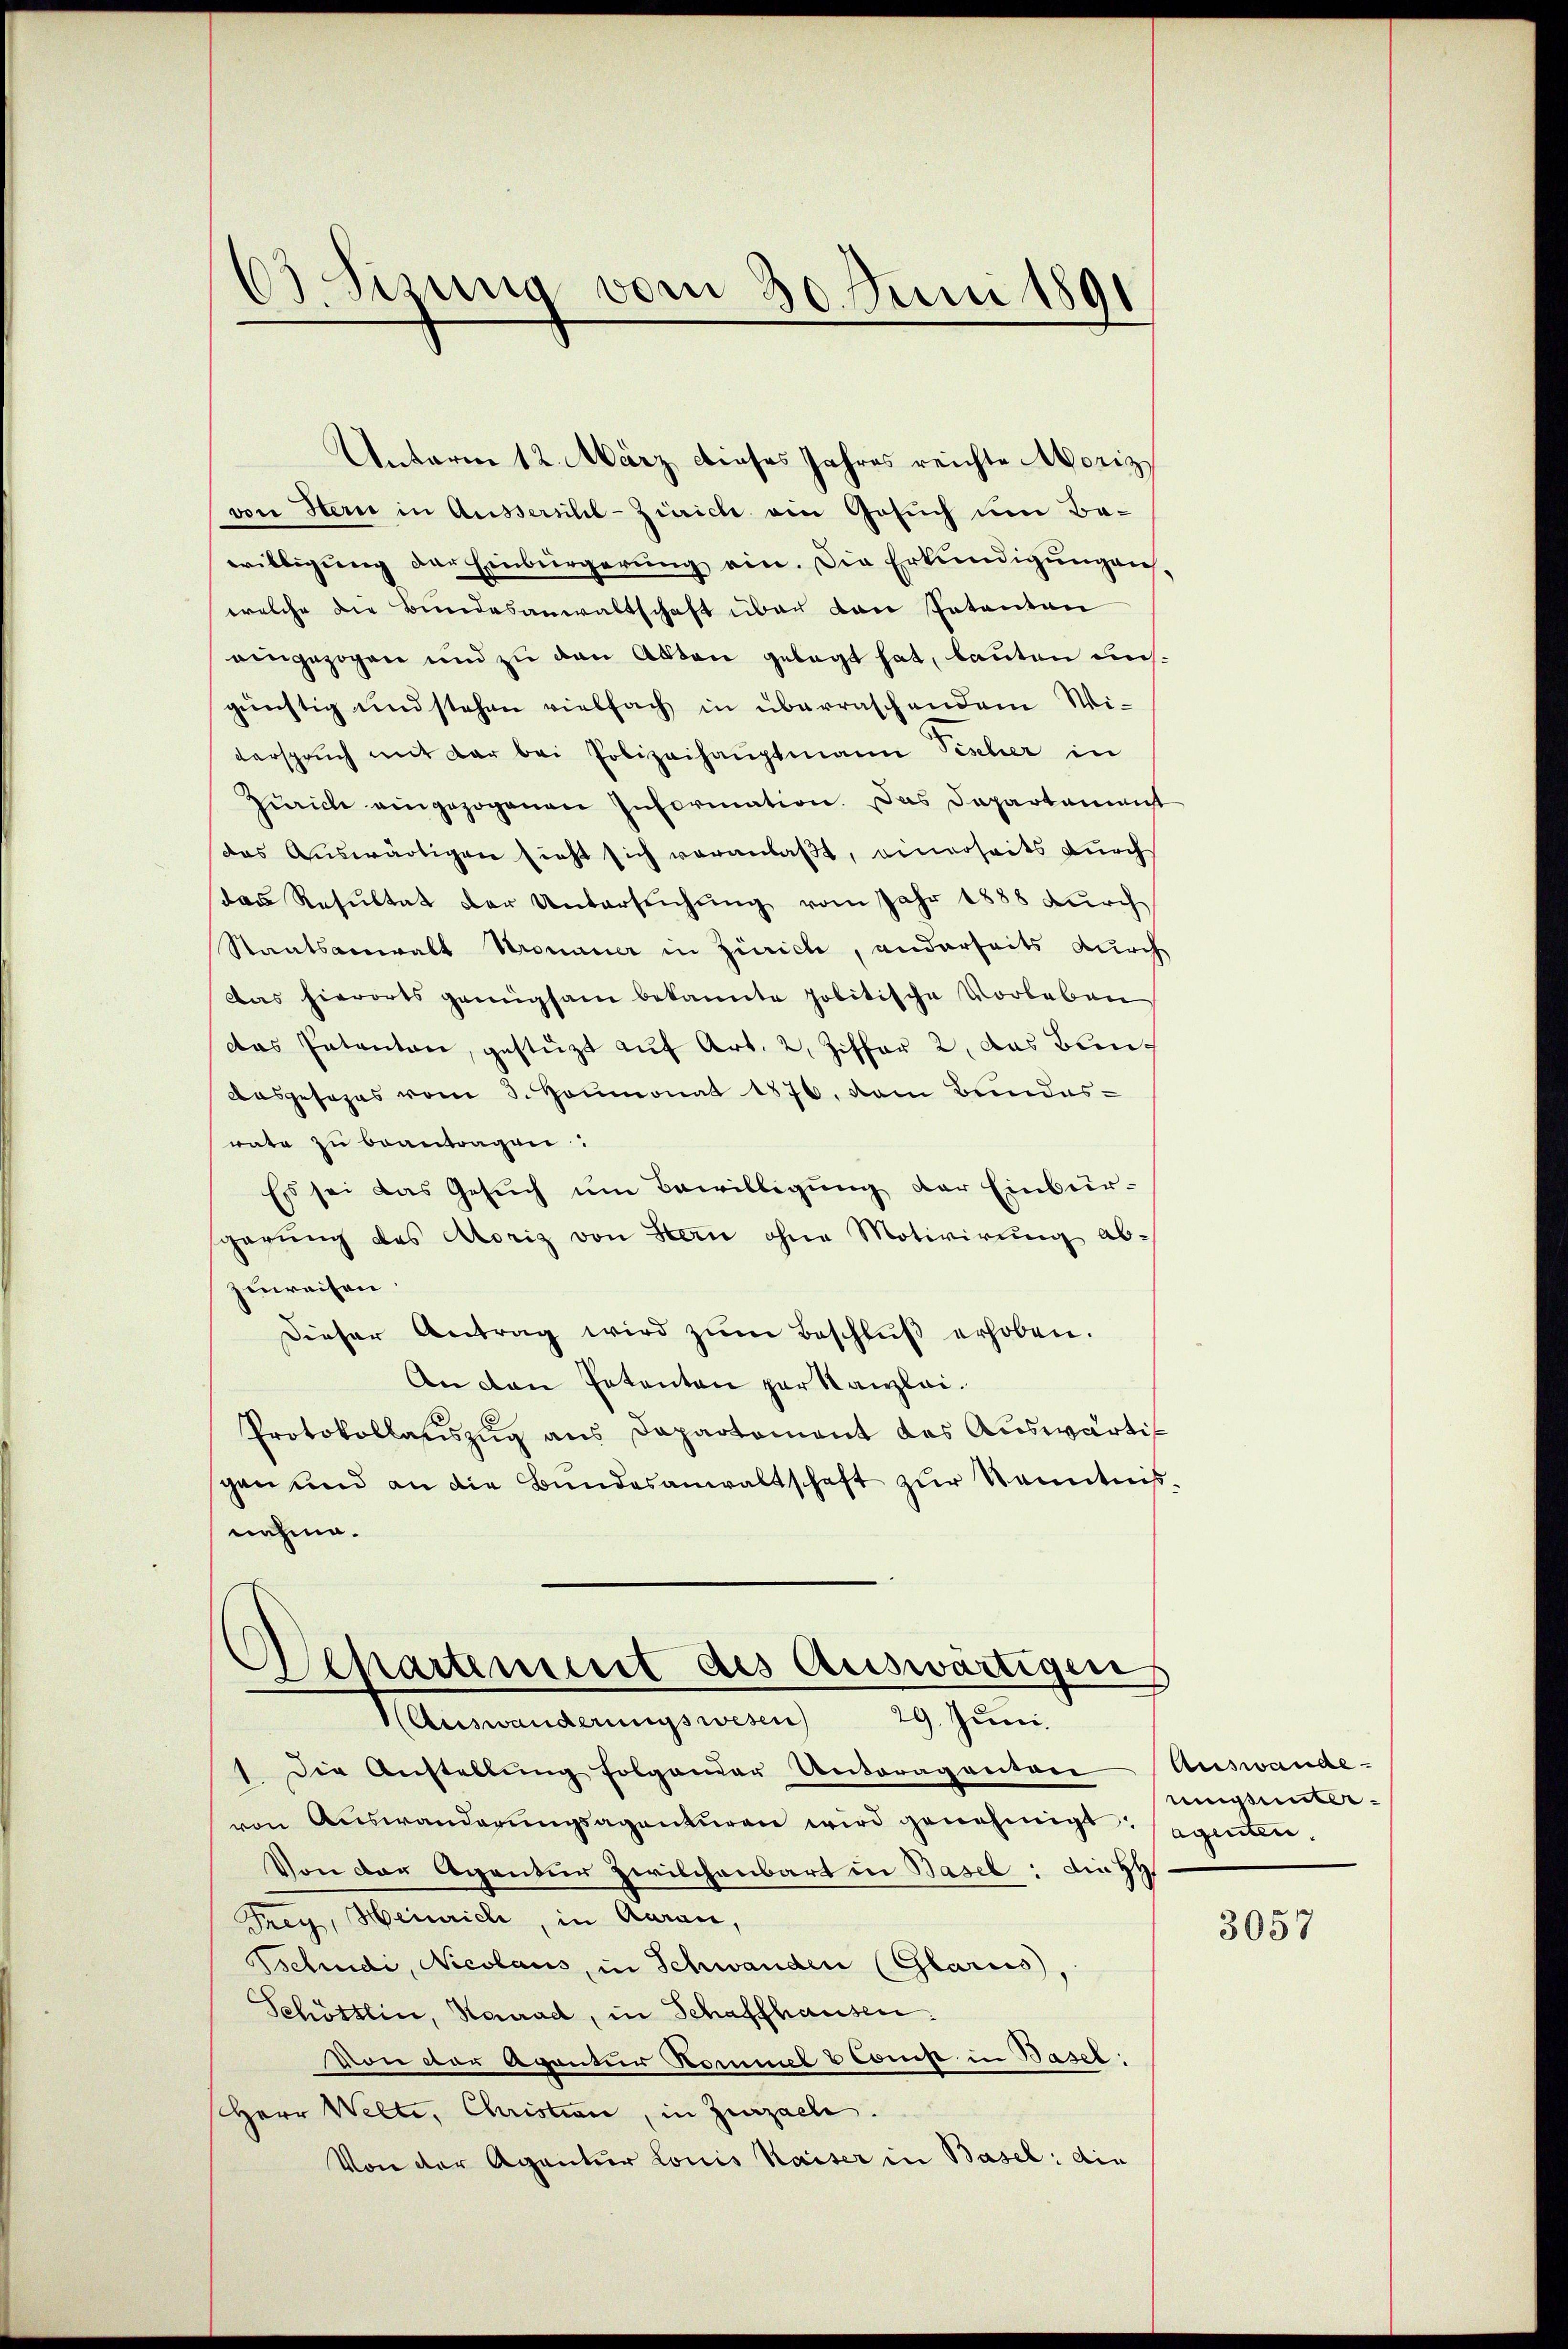
¬
B.Sizung vom 30. Juni 1891

von Stern in Aussersihl-Zürich ein Gesuch um Bewilligung der Einbürgerung ein. Die Erkundigungen
welche die Bundesanwaltschaft über von Patenten
eingezogen und zu den Akten gelegt hat, lauten unsgünstig und stehen vielfach in überraschendem Wiverspruch mit der bei Polizeihauptmann Sicher in
Zürich eingezogenen Information. Das Departament
das Auswärtigen sieht sich veranlaßt, einerseits durch
das Resultat der Untersŭchŭng vom Jahr 1888 durch
Staatsanwalt Kronauer in Zürich, anderseits durch
Das hierorts genügsam bekannte politische Vorleben
das Entanten, gestüzt auf Art. 2, Ziffer 2, das Bun¬
Aasgesages vom 3. Heumonat 1876. dem Bundes-
wate zu beantragen:
Es sei das Gesuch um Bewilligung der Einbürsparung des Moriz von Stern ohne Motivirung abzuweisen.
Dieser Antrag wird zŭm Beschlŭβ erhoben.
An den Petenten par Kanzlei.
Protokollauszug aus Dapartement das Auswärtigen und an die Bundesanwaltschaft zur Kenntnißnahme.
Separtement des Auswärtigen
29. Juni.
(Auswanderungswesen
1. Die Anstellŭng folgender Unteragentore Auswande-
von Auswanderŭngsagenturen wird genehmigt: agenten.
Von der Agentur zwilchenbart in Basel: die H
Frey, Heinrich, in Aarau,
Tschudi, Nicolaus, in Schwanden (Glarus,
Schöttlin, Konrad, in Schaffhausen.
von der Agentur Kommel & Comp in Basel
Herr Welti, Christian, in Zurzach.
Von der Agentur Louis Kaiser in Basel: die

Unterm 12. März dieses Jahres reichte Moriz

mgsunter¬

3057